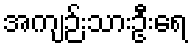
အကျဉ်းသားဦးရေ